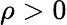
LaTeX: \rho>0